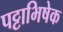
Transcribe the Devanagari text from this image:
पट्टाभिषेक